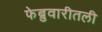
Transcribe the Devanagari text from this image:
फेब्रुवारीतली